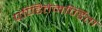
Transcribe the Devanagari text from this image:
पण्डितेमर्ण्डिता